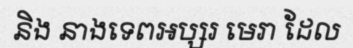
និង នាងទេពអប្សរ មេរា ដែល